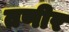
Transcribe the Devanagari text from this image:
तणीर